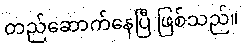
တည်ဆောက်နေပြီ ဖြစ်သည်။